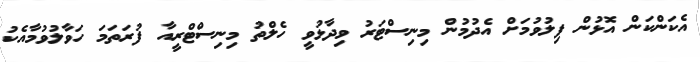
އެކަންކަން އޮޅުން ފިލުވުމަށް އެދުމުން މިނިސްޓަރު ވިދާޅުވީ ހެލްތު މިނިސްޓްރީއާ ފުރަތަމަ ހަވާލުވުމާއެކު